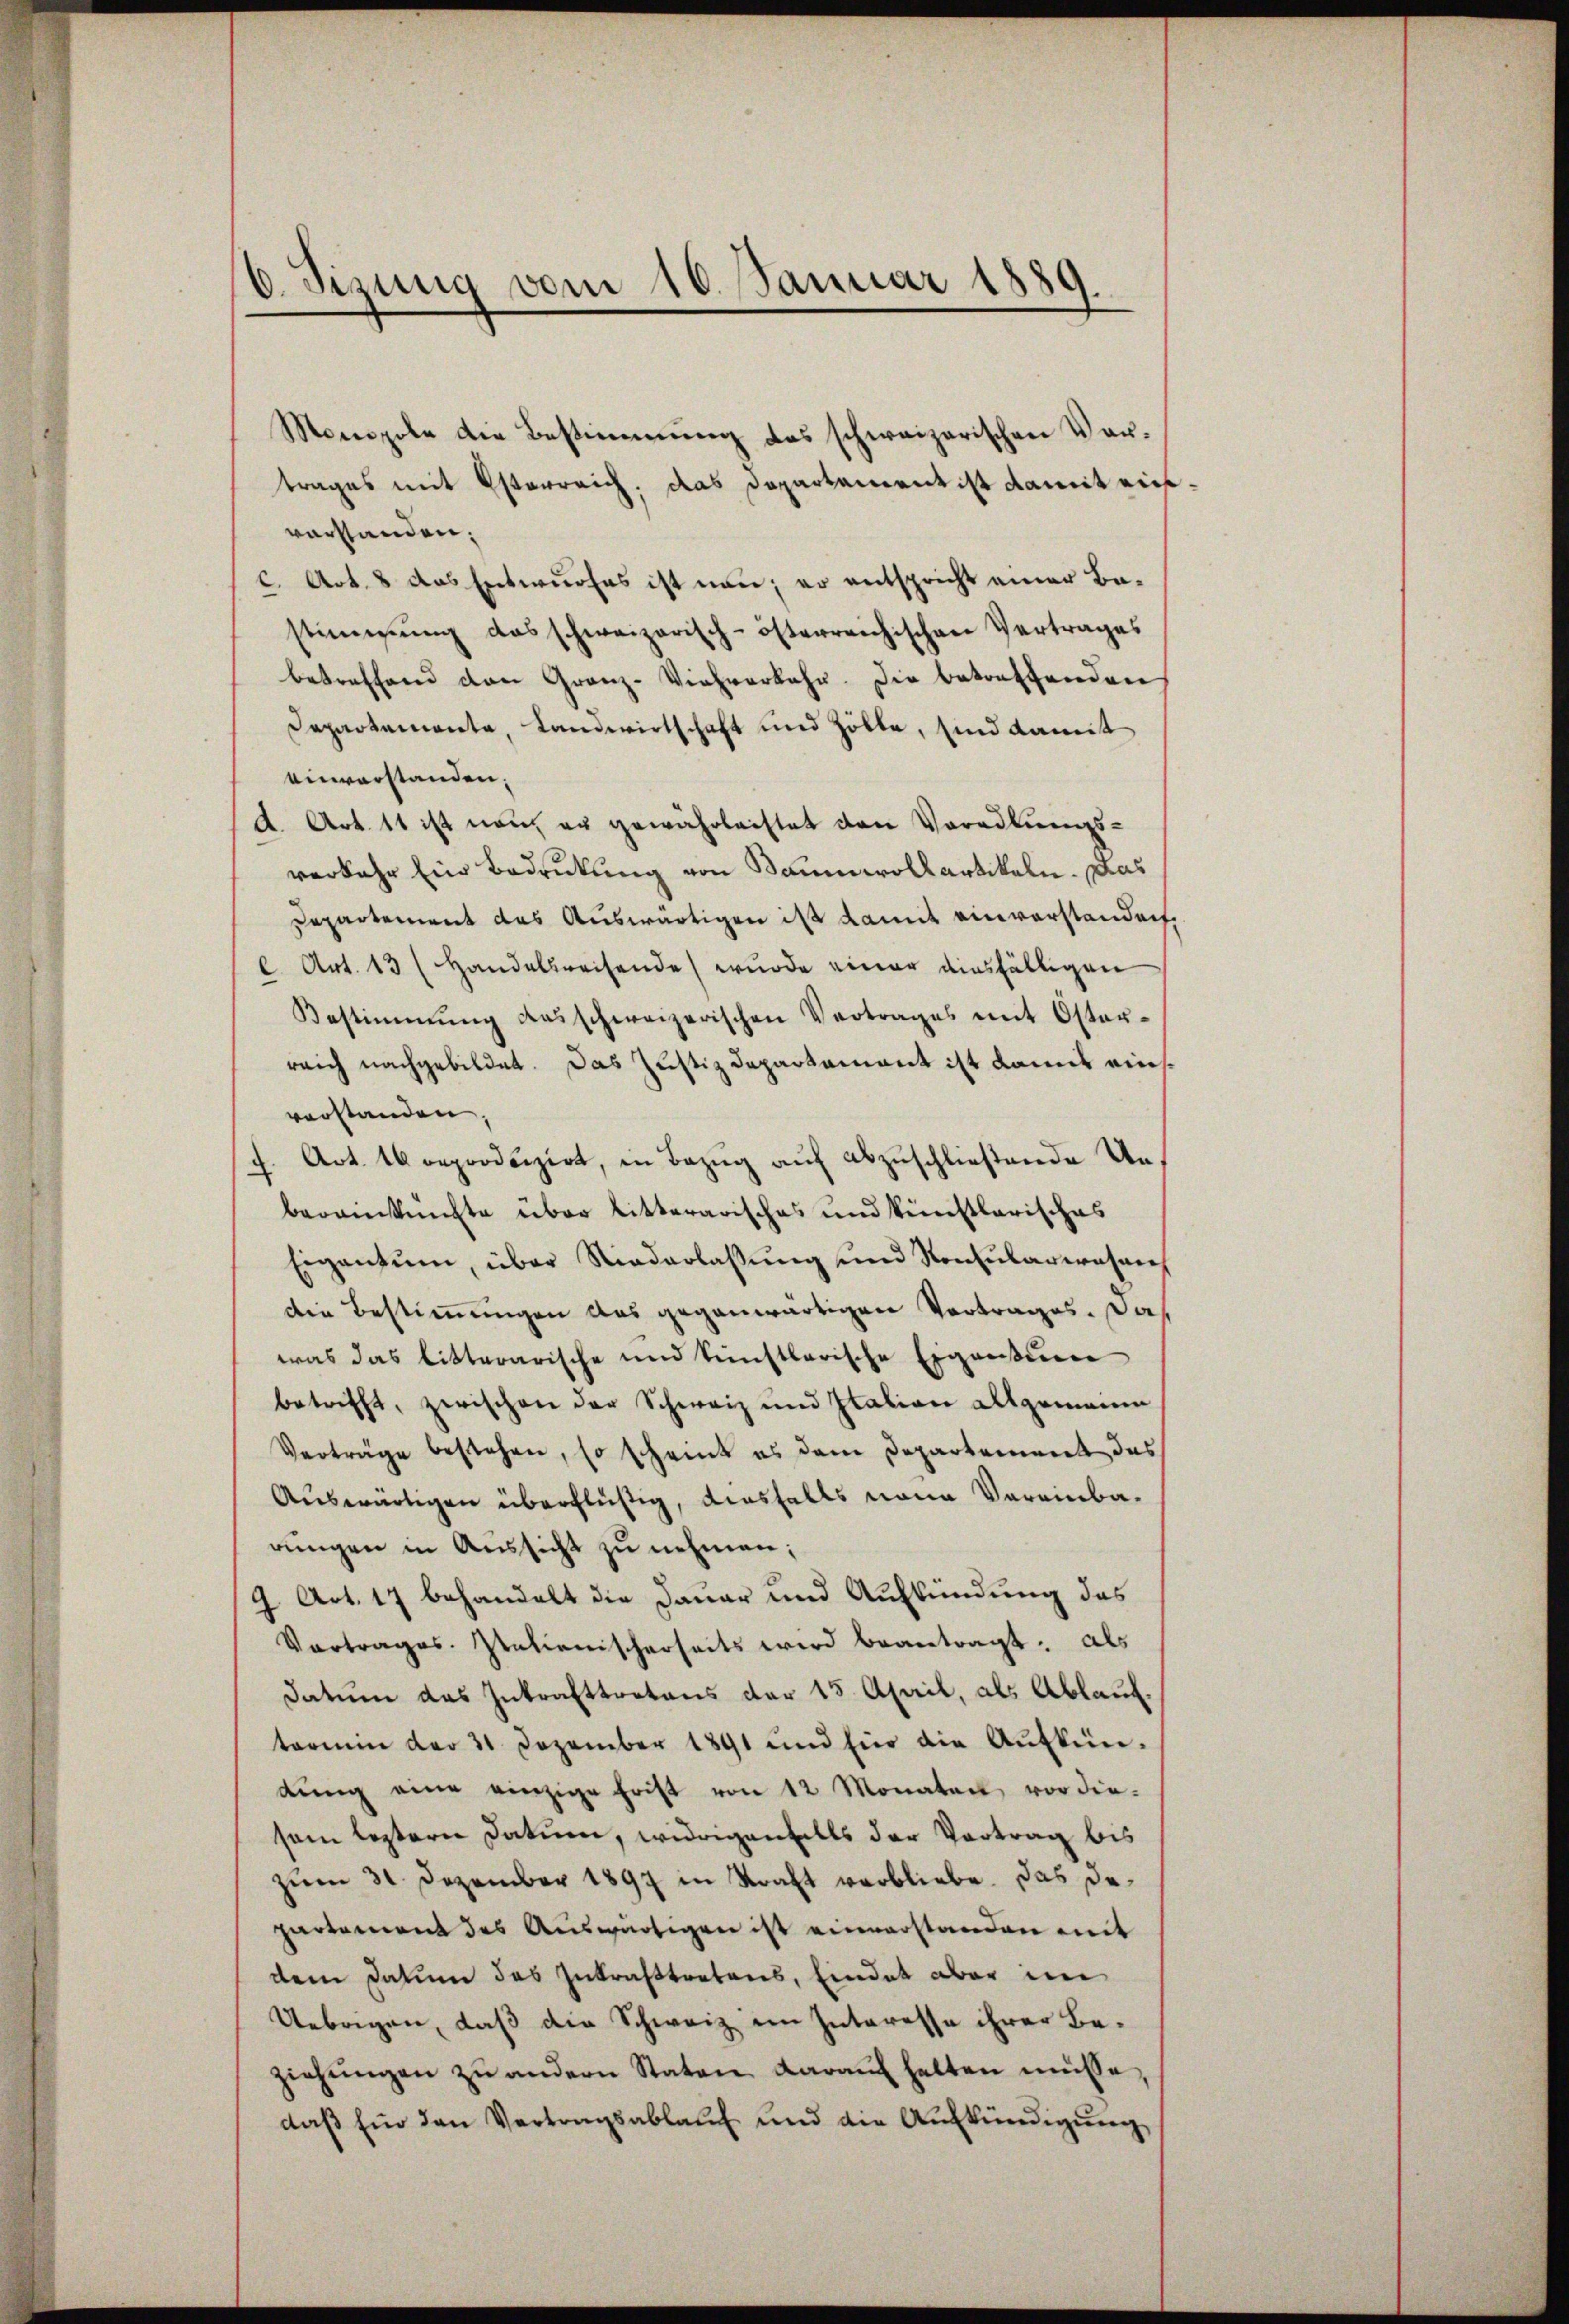
6. Sizung vom 16. Januar 1889.
.

Monopole die Bestimmung das schweizerischen Vor-
trages mit Osterreich, das Departement ist damit eins
vorstanden;
C. Art. 8 das Entwurfes ist nun, er entspricht einer Bastimmung das schweizerisch-österreichischen Vertrages
betreffend den Granz-Viehverkehr. Die betreffenden
Departemente, Landwirtschaft und Zölle, sind damit
einverstanden;
d. Art. 11 ist non er gewährleistet den Voradlŭngs-
verkehr Ein Bedrückung von Baumwollartikeln. Das
Departement das Auswärtigen ist damit einverstandent
l. Art. 13 (Handelsweisende wurde einer diesfälligen
Bestimmung desschweizerischen Vertrages mit Oster-
reich nachgebildet. Das Justizdepartement ist damit einsvorstanden
Art. 46 reproduzirt, in Bezug auf abzuschließende Und
bereinknechte über litterarisches und künstlerisches
Eigentum, über Niederlaßung und Konsularwesenh
die Bestimmungen das gegenwärtigen Vortrages. Da
was das litterarische und künstlerische Eigensum
betrifft, zwischen der Schweiz und Italion allgemeine
Verträge bestehen, so scheint es dem Departement des
Auswärtigen überflüßig, diesfalls neue Vereinbarungen in Aussicht zu nehmen;
9 Art. 17 behandelt die Dauer und Aufkündung des
Vortrages. Italienischerseits wird beantragt. Als
Datum das Inkrafttretens der 15. April, als Ablauf.
termin der 31 Dezember 1891 und für die Aufkün-
dŭng eine einzige Frist von 12 Monaten vor diesem leztern Datum, widrigenfalls der Vortrag bis
zŭm 31. Dezember 1897 in Straft verbliebe. Das De-
partement des Auswärtigen ist einverstanden mit
dem Datum des Inkrafttretens, Eindet aber im
Uebagen, daß die Schweiz im Interesse ihrer Beziehŭngen zŭ andern Staten daraŭf halten müsse,
daβ Ein den Vertragsablauf und die Aufkündigung